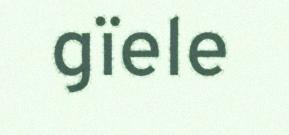
gïele